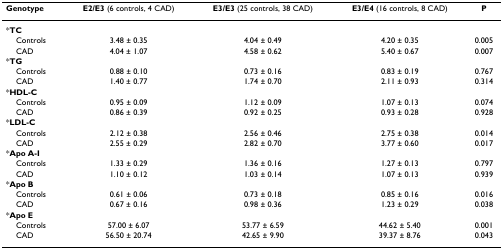
<table><thead><tr><td><b>Genotype</b></td><td><b>E2/E3 (6 controls, 4 CAD)</b></td><td><b>E3/E3 (25 controls, 38 CAD)</b></td><td><b>E3/E4 (16 controls, 8 CAD)</b></td><td><b>P</b></td></tr></thead><tbody><tr><td>*<b>TC</b></td><td></td><td></td><td></td><td></td></tr><tr><td> Controls</td><td>3.48 ± 0.35</td><td>4.04 ± 0.49</td><td>4.20 ± 0.35</td><td>0.005</td></tr><tr><td> CAD</td><td>4.04 ± 1.07</td><td>4.58 ± 0.62</td><td>5.40 ± 0.67</td><td>0.007</td></tr><tr><td>*<b>TG</b></td><td></td><td></td><td></td><td></td></tr><tr><td> Controls</td><td>0.88 ± 0.10</td><td>0.73 ± 0.16</td><td>0.83 ± 0.19</td><td>0.767</td></tr><tr><td> CAD</td><td>1.40 ± 0.77</td><td>1.74 ± 0.70</td><td>2.11 ± 0.93</td><td>0.314</td></tr><tr><td>*<b>HDL-C</b></td><td></td><td></td><td></td><td></td></tr><tr><td> Controls</td><td>0.95 ± 0.09</td><td>1.12 ± 0.09</td><td>1.07 ± 0.13</td><td>0.074</td></tr><tr><td> CAD</td><td>0.86 ± 0.39</td><td>0.92 ± 0.25</td><td>0.93 ± 0.28</td><td>0.928</td></tr><tr><td>*<b>LDL-C</b></td><td></td><td></td><td></td><td></td></tr><tr><td> Controls</td><td>2.12 ± 0.38</td><td>2.56 ± 0.46</td><td>2.75 ± 0.38</td><td>0.014</td></tr><tr><td> CAD</td><td>2.55 ± 0.29</td><td>2.82 ± 0.70</td><td>3.77 ± 0.60</td><td>0.017</td></tr><tr><td>*<b>Apo A-I</b></td><td></td><td></td><td></td><td></td></tr><tr><td> Controls</td><td>1.33 ± 0.29</td><td>1.36 ± 0.16</td><td>1.27 ± 0.13</td><td>0.797</td></tr><tr><td> CAD</td><td>1.10 ± 0.12</td><td>1.03 ± 0.14</td><td>1.07 ± 0.13</td><td>0.939</td></tr><tr><td>*<b>Apo B</b></td><td></td><td></td><td></td><td></td></tr><tr><td> Controls</td><td>0.61 ± 0.06</td><td>0.73 ± 0.18</td><td>0.85 ± 0.16</td><td>0.016</td></tr><tr><td> CAD</td><td>0.67 ± 0.16</td><td>0.98 ± 0.36</td><td>1.23 ± 0.29</td><td>0.038</td></tr><tr><td>*<b>Apo E</b></td><td></td><td></td><td></td><td></td></tr><tr><td> Controls</td><td>57.00 ± 6.07</td><td>53.77 ± 6.59</td><td>44.62 ± 5.40</td><td>0.001</td></tr><tr><td> CAD</td><td>56.50 ± 20.74</td><td>42.65 ± 9.90</td><td>39.37 ± 8.76</td><td>0.043</td></tr></tbody></table>